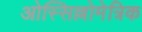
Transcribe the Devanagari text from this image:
ओस्सिल्लोमेत्रिक